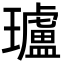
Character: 瓐